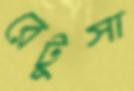
রেটুসা